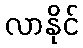
လာနိုင်